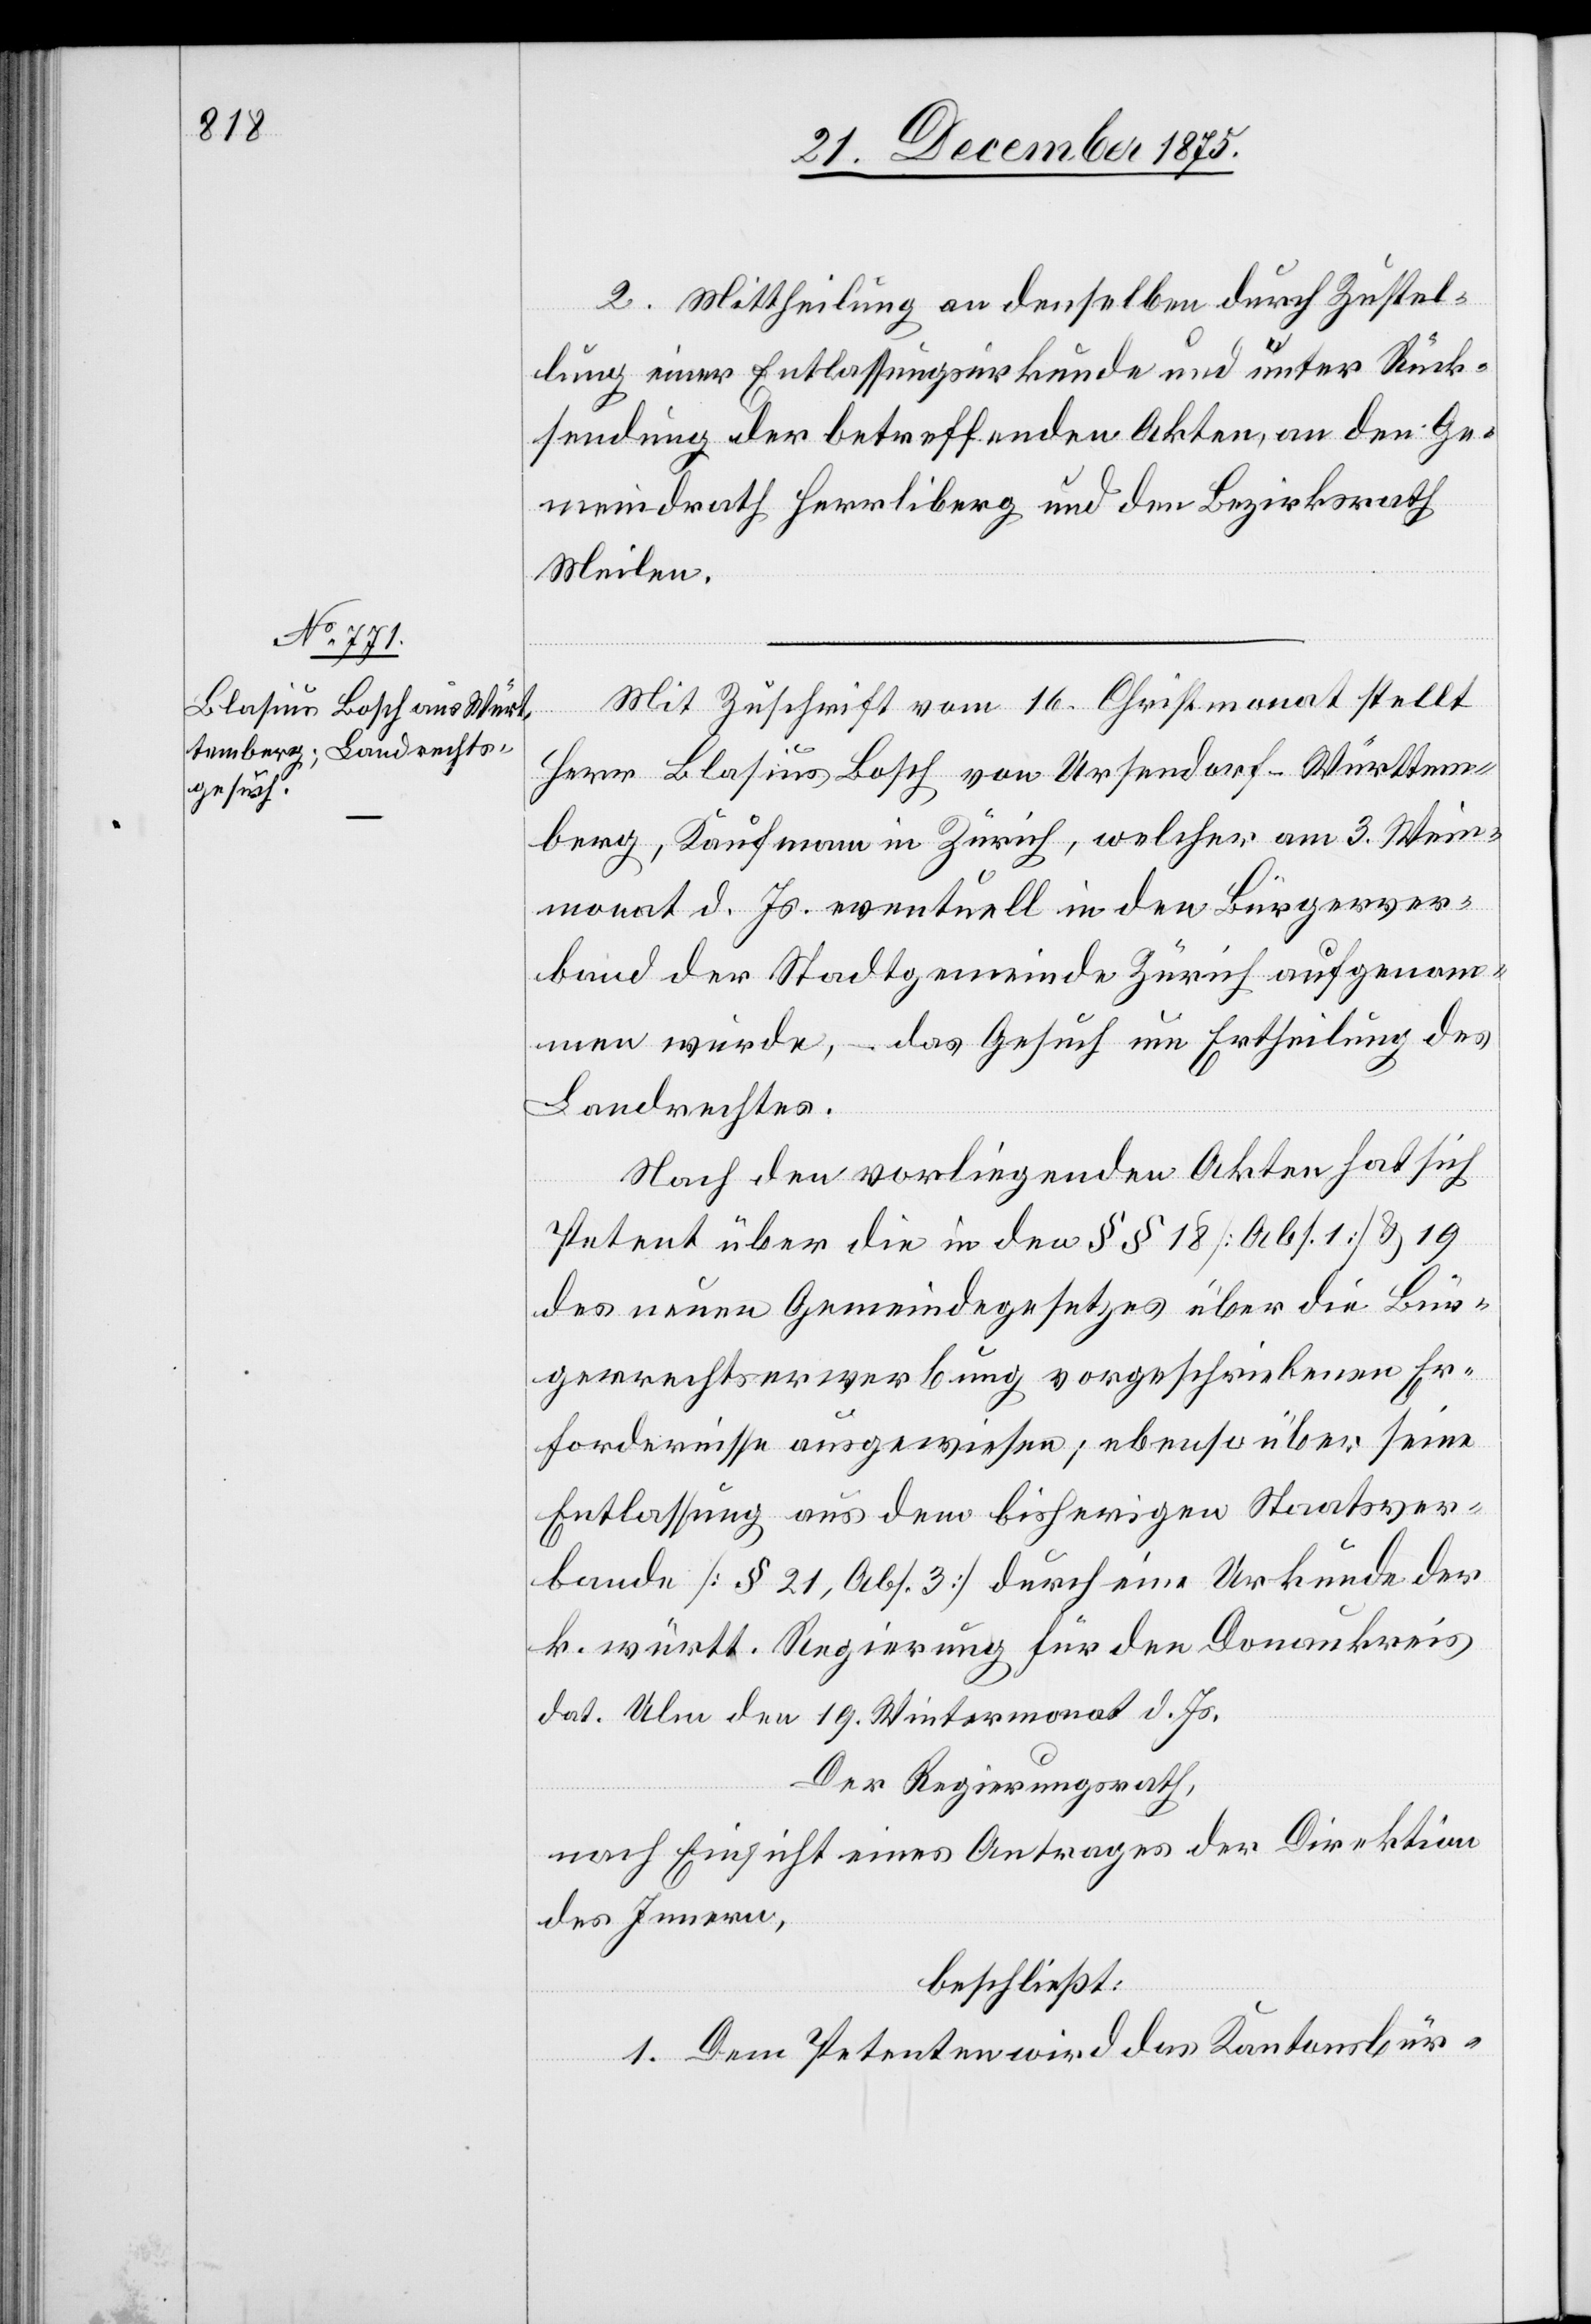
2. Mittheilung an denselben durch Zustel¬
lung einer Entlassungsurkunde und unter Rück¬
sendung der betreffenden Akten, an den Ge¬
meindrath Herrliberg und den Bezirksrath
Meilen.
Mit Zuschrift vom 16. Christmonat stellt
Herr Blasius Bosch von Ursendorf - Württem¬
berg, Kaufmann in Zürich, welcher am 3. Wein¬
monat d. Js. eventuell in den Bürgerver¬
band der Stadtgemeinde Zürich aufgenom¬
men wurde, – das Gesuch um Ertheilung des
Landrechtes.
Nach den vorliegenden Akten hat sich
Petent über die in den §§ 18 [Abs. 1] & 19
des neuen Gemeindegesetzes über die Bür¬
gerrechtserwerbung vorgeschriebenen Er¬
fordernisse ausgewiesen; ebenso über seine
Entlassung aus dem bisherigen Staatsver¬
bande [§ 21, Abs. 3] durch eine Urkunde der
k. württ. Regierung für den Donaukreis
dat. Ulm den 19. Wintermonat d. Js.
Der Regierungsrath,
nach Einsicht eines Antrages der Direktion
des Innern,
beschließt:
1. Dem Petenten wird das Kantonsbür-